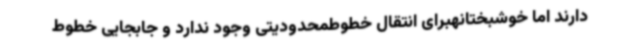
دارند اما خوشبختانهبرای انتقال خطوطمحدودیتی وجود ندارد و جابجایی خطوط